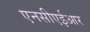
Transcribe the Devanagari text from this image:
एनसीएईआर